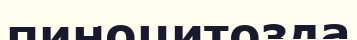
пиноцитозда